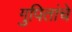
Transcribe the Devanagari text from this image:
गुपितांचे